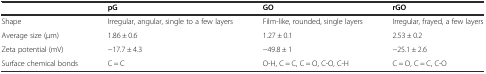
|  | pG | GO | rGO |
 | --- | --- | --- | --- |
 | Shape | Irregular, angular, single to a few layers | Film-like, rounded, single layers | Irregular, frayed, a few layers |
 | Average size (μm) | 1.86 ± 0.6 | 1.27 ± 0.1 | 2.53 ± 0.2 |
 | Zeta potential (mV) | −17.7 ± 4.3 | −49.8 ± 1 | −25.1 ± 2.6 |
 | Surface chemical bonds | C = C | O-H, C = C, C = O, C-O, C-H | C = O, C = C, C-O |